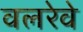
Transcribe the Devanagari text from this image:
वलरेवे